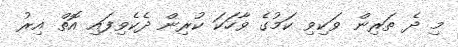
މި ދެ ތަރިން ވަކިވި ކަމުގެ ވާހަކަ ކުރިން ދެކެވިފައި އޮތް އިރު